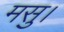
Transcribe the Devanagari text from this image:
मसु।